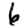
Digit: 6